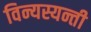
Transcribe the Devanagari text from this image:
विन्यस्यन्ती